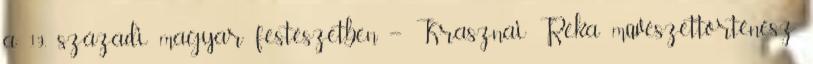
a 19. századi magyar festészetben – Krasznai Réka művészettörténész